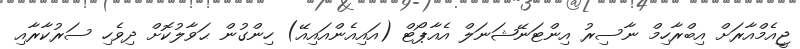
ޖީއެމްއާރަށް އިބްރާހިމް ނާސިރު އިންޓަނޭޝަނަލް އެއާޕޯޓް (އައިއެންއައިއޭ) ހިންގުން ޙަވާލުކޮށް ދިވެހި ސަރުކާރާއި